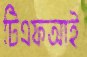
টিএফআই